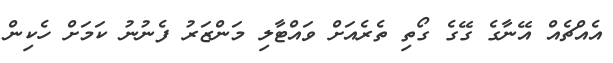
އެއްޗެއް އޭނާގެ ގޭގެ ގޯތި ތެރެއަށް ވައްޓާލި މަންޒަރު ފެނުނު ކަމަށް ހެކިން